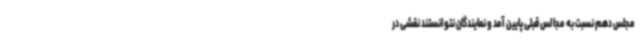
مجلس دهم نسبت به مجالس قبلی پایین آمد و نمایندگان نتوانستند نقشی در